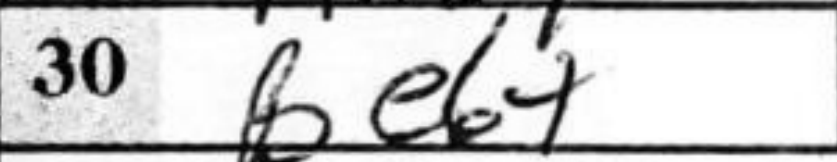
Transcription: Be6+